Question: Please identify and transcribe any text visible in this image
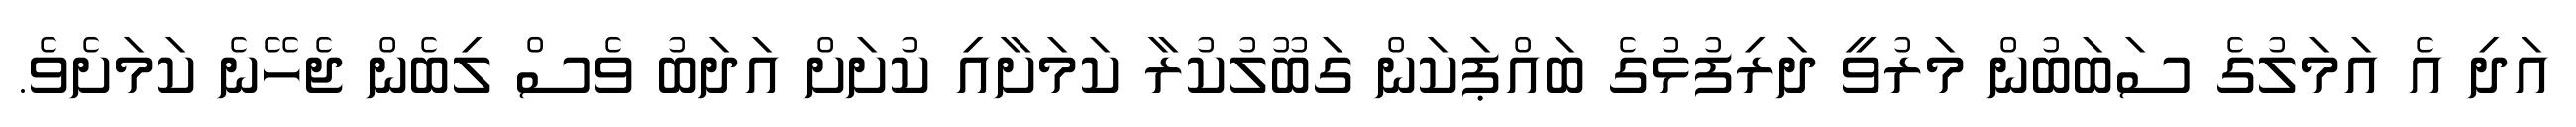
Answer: އަދި އެ އަމަލުގެ ސަބަބުން މަރުވީ ދަރިފުޅުގެ ބައްޕަކަން ގަބޫލުކުރާ ކަމަށާއި ކުށަށް އަދަބު ވެސް ލިބެން ޖެހޭނެ ކަމަށެވެ.